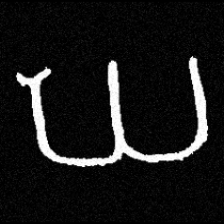
Pyu character \u2014 Myanmar letter: ဃ (romanized: gha)